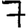
Digit: 7